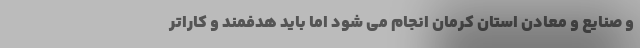
و صنایع و معادن استان کرمان انجام می شود اما باید هدفمند و کاراتر